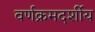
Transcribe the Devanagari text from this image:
वर्णक्रमदर्शीय